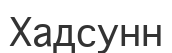
Хадсунн